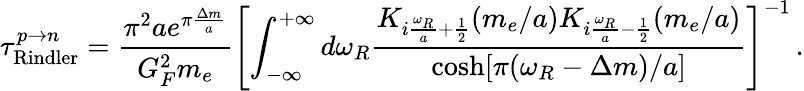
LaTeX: {\tau}_{\mathrm{Rindler}}^{p\to n}=\frac{\pi^{2}ae^{\pi\frac{\Delta m}{a}}}{G_{F}^{2}m_{e}}\left[\int_{-\infty}^{+\infty}d{\omega_{R}}\frac{K_{i\frac{{\omega_{R}}}{a}+\frac{1}{2}}(m_{e}/a)K_{i\frac{{\omega_{R}}}{a}-\frac{1}{2}}(m_{e}/a)}{\cosh[\pi({\omega_{R}}-{\Delta m})/a]}\right]^{-1}\, .